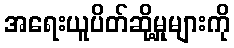
အရေးယူပိတ်ဆို့မှုများကို